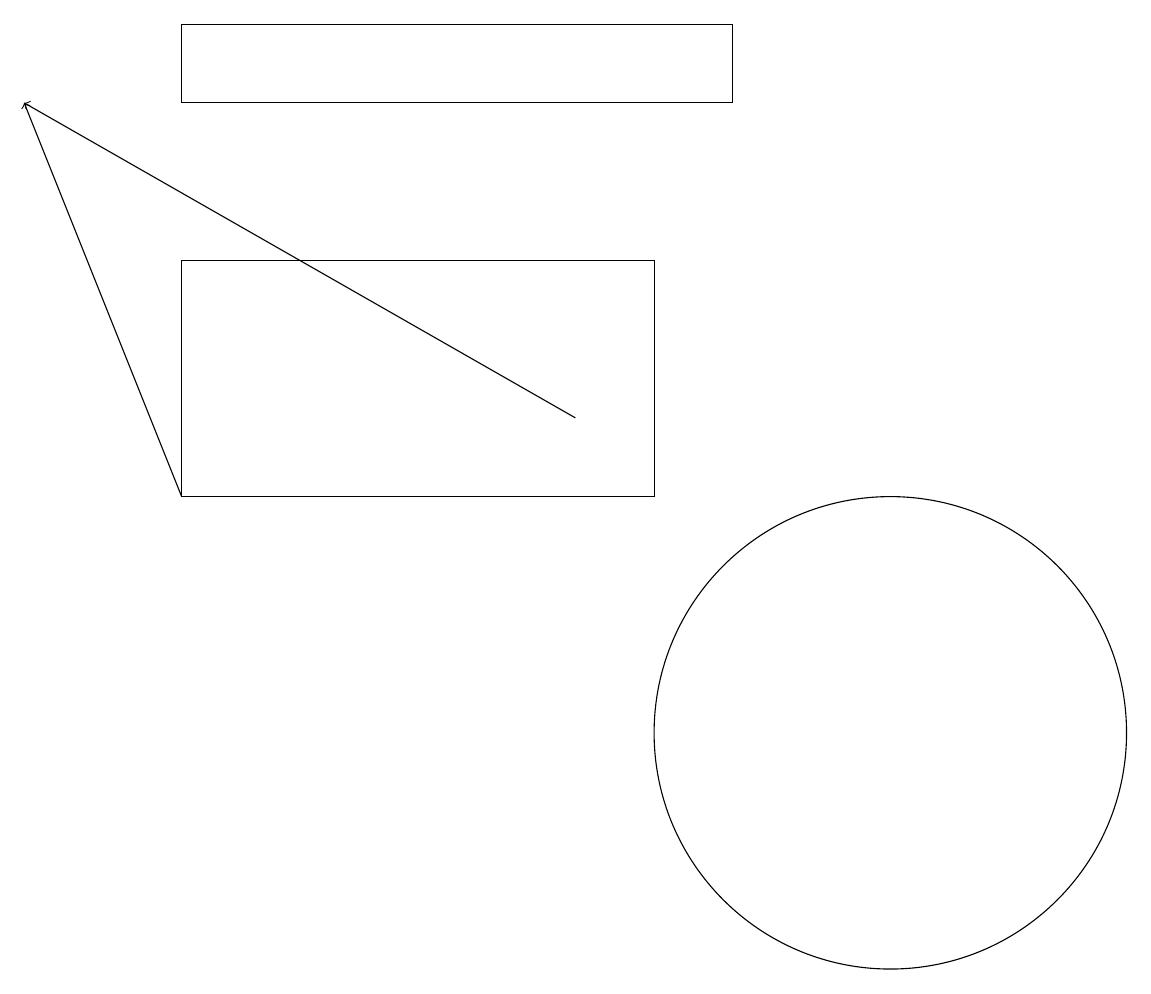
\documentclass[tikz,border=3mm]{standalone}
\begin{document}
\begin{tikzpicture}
\draw[->] (7,14) -- (0,18);
\draw (2,18) rectangle (9,19);
\draw (8,16) rectangle (2,13);
\draw (8,13) rectangle (3,13);
\draw[->] (2,13) -- (0,18);
\draw (11,10) circle (3);
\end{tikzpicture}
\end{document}